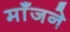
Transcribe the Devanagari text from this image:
माँजने